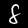
Label: 8